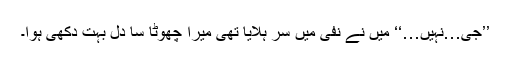
’’جی…نہیں…‘‘ میں نے نفی میں سر ہلایا تھی میرا چھوٹا سا دل بہت دکھی ہوا۔